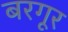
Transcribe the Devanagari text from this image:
बरगूर